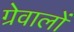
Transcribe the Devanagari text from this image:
ग्रेवालों